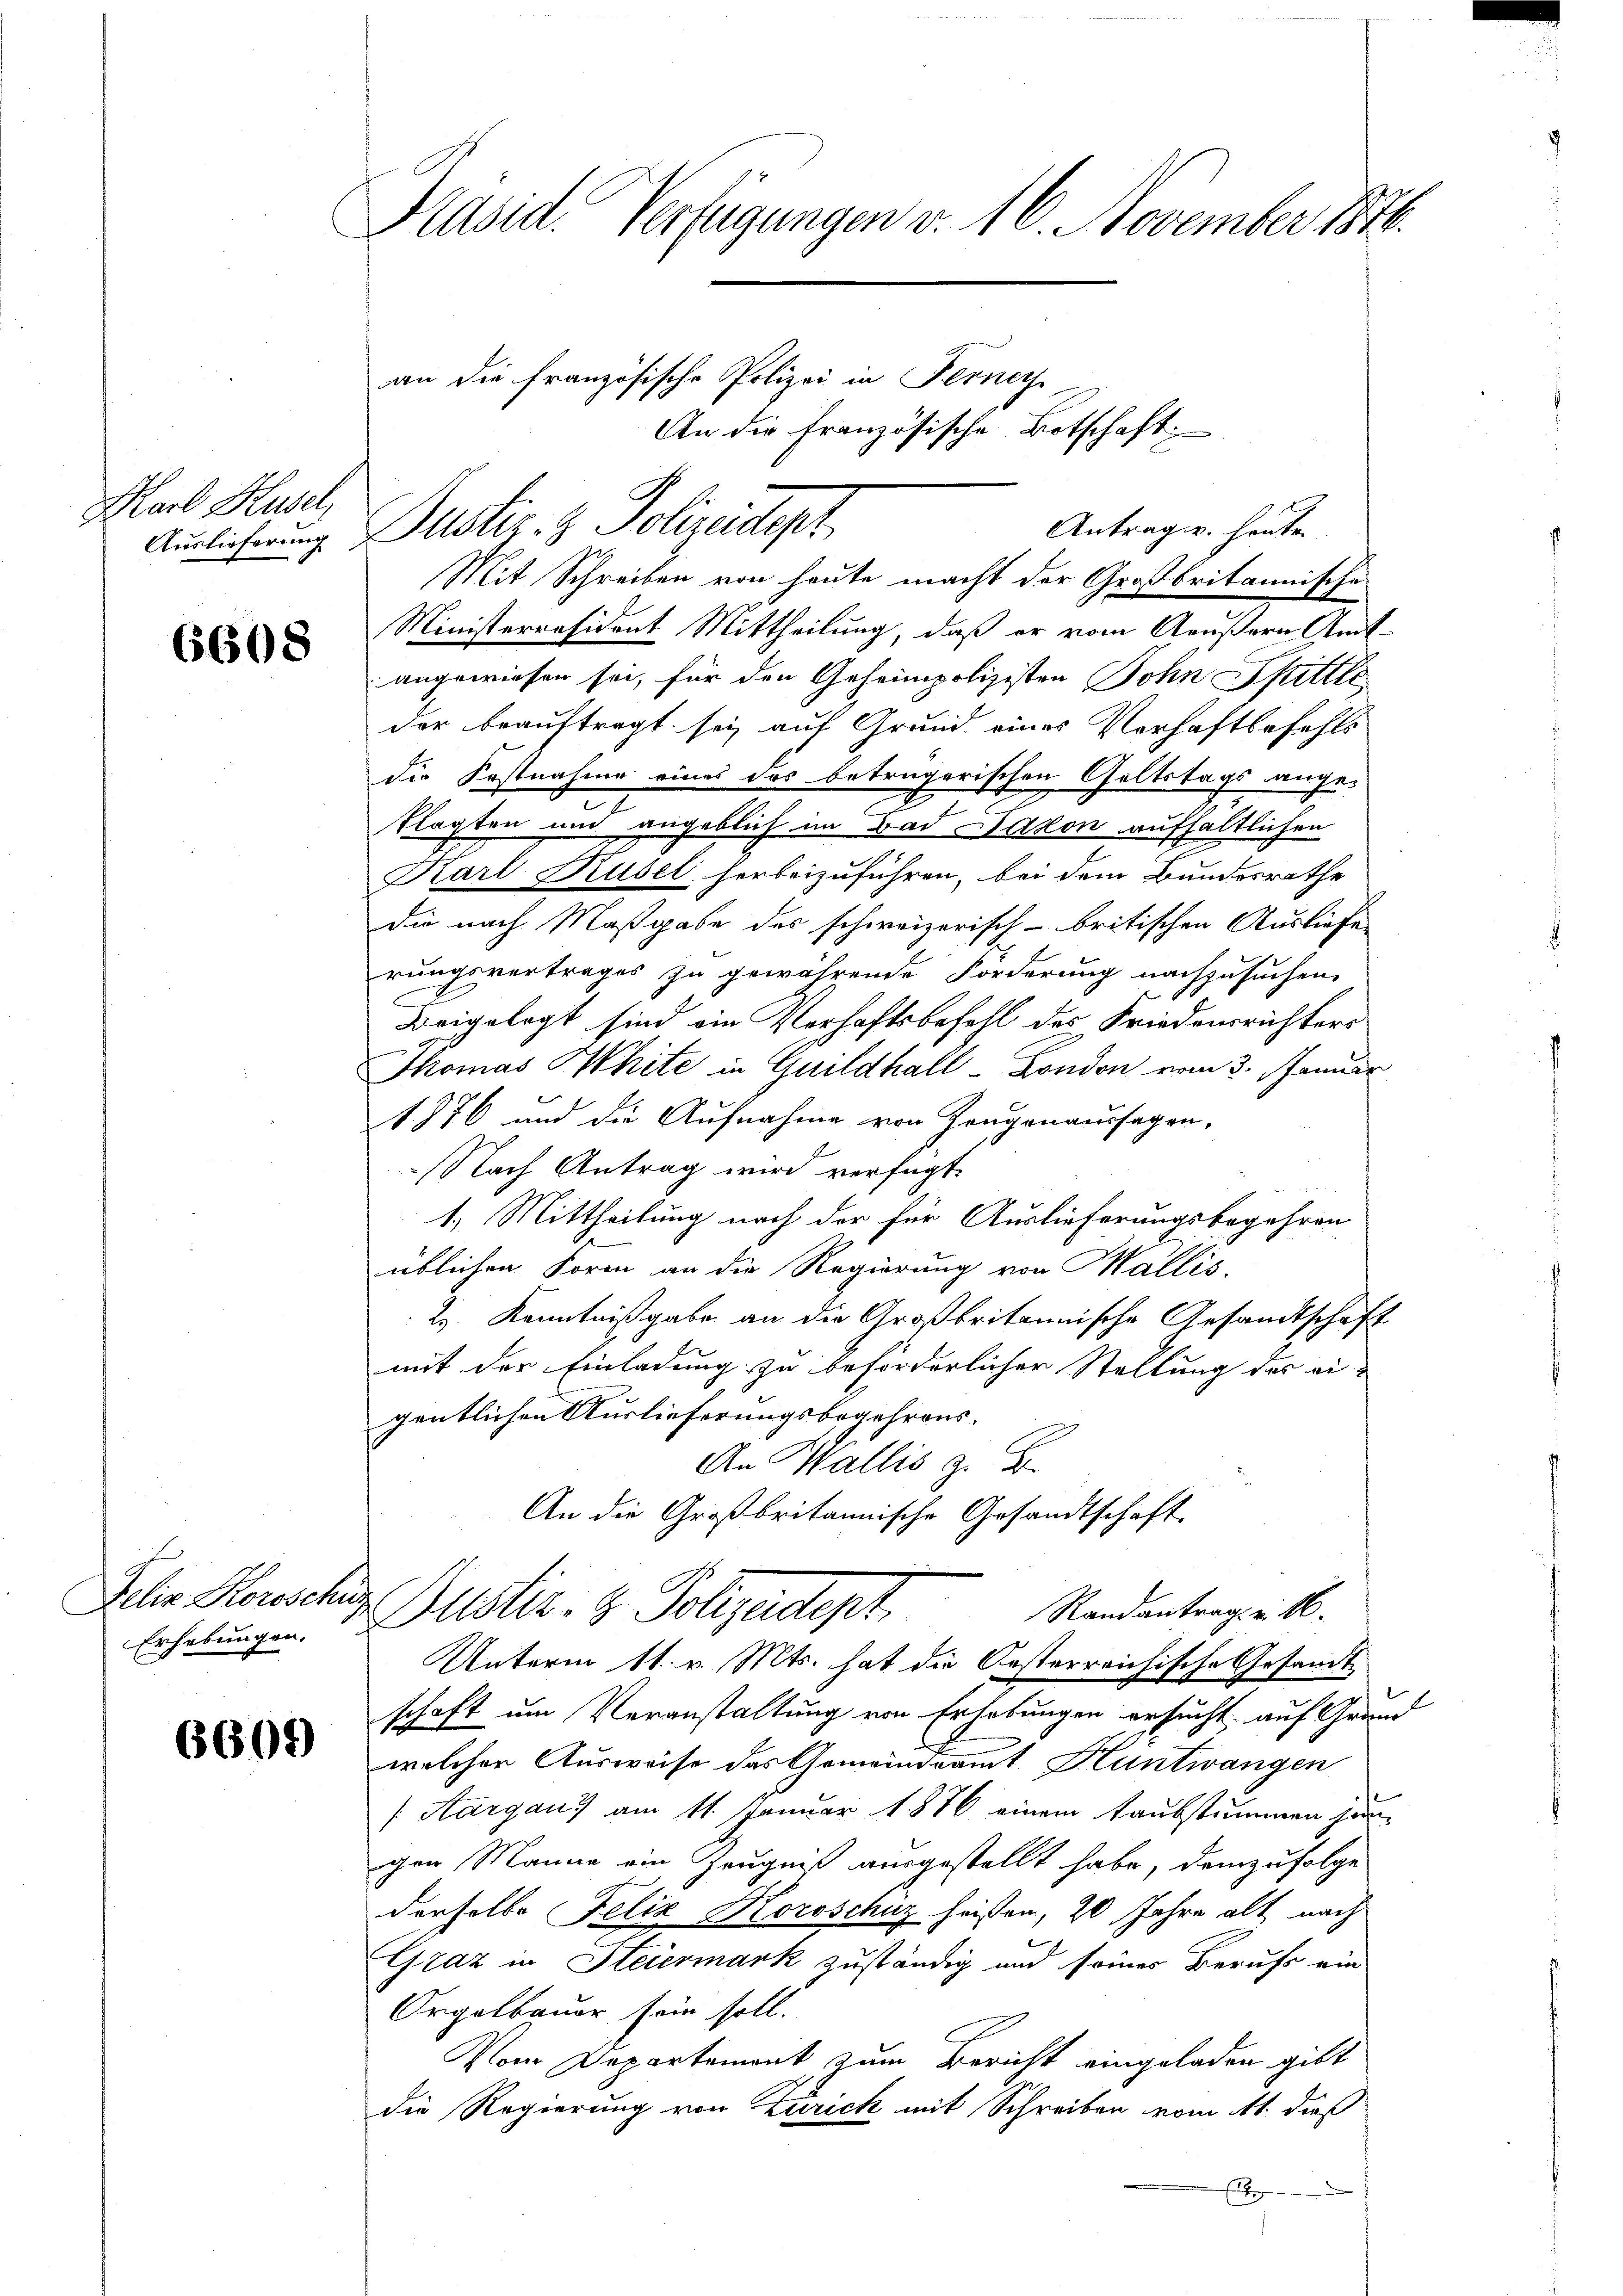
Karl Huser

6608

Erhebungen.

6609

Präsid. Verfügungen v. 16. November 1848.

Auslicherung Justiz- & Polizeidept

an die französische Polizei in Ferney

Mit Schreiben von heute macht der Großbritannische
Ministerräsident Mittheilung, daß er vom Aeußern Amt
angewiesen sei, für den Geheimpolizisten Sohn Sittleder beauftragt sey auf Grund eines Verhaftbefehls
die Postnahme eines das betrügerischen Geltstags ange-
7
klagten und angeblich im Bai Lakon aufhaltlichen
Karl Kusel herbeizuführen, bei dem Bundesrathe
die nach Maßgabe des schweizerisch-britischen Ausliefe
rungsvertrages zu gewährende Forderung nachzusuchen,
Beigelegt sind ein Verhaftsbefehl des Friedensrichters
Thomas Hhite in Guildhall-London vom 3. Januar
1776 und die Aufnahme von Zeugenaussagen,
Nach Antrag wird verfügt:
1.) Mittheilung nach der für Auslieferungsbegehren
üblichen Form an die Regierung von Wallis.
2. Kenntnißgabe an die Großbritannische Gesandtschaft
mit der Einladung zu beförderlicher Stellung des eigentlichen Auslieferungsbegehrens.
An Wallis z. B.
An die Großbritannische Gesandtschaft
Sehr Konschaz Gustiz- & Polizeidept.
Randantrag v. M.
Unterm 11. v. Mts. hat die Oesterreichische Gesandt
schaft um Veranstaltung von Erhebungen ersucht, auf Grund
welcher Ausweise das Gemeindramt Hüntwangen
/Aargau) am 11. Januar 1876 einem taubstimmen hin-
gen Manne ein Zeugniß ausgestellt habe, demzufolge
derselbe Felix Koroschuz heissen, 20 Jahre alt nach
Graz in Steiermark zuständig und seines Berufs ein
Orgelbauer sein soll.
Vom Departemont zum Bericht eingeladen gibt
die Regierung von Zürich mit Schreiben vom 11. dieß
E

An die französische Botschaft:

Antrag v. heute